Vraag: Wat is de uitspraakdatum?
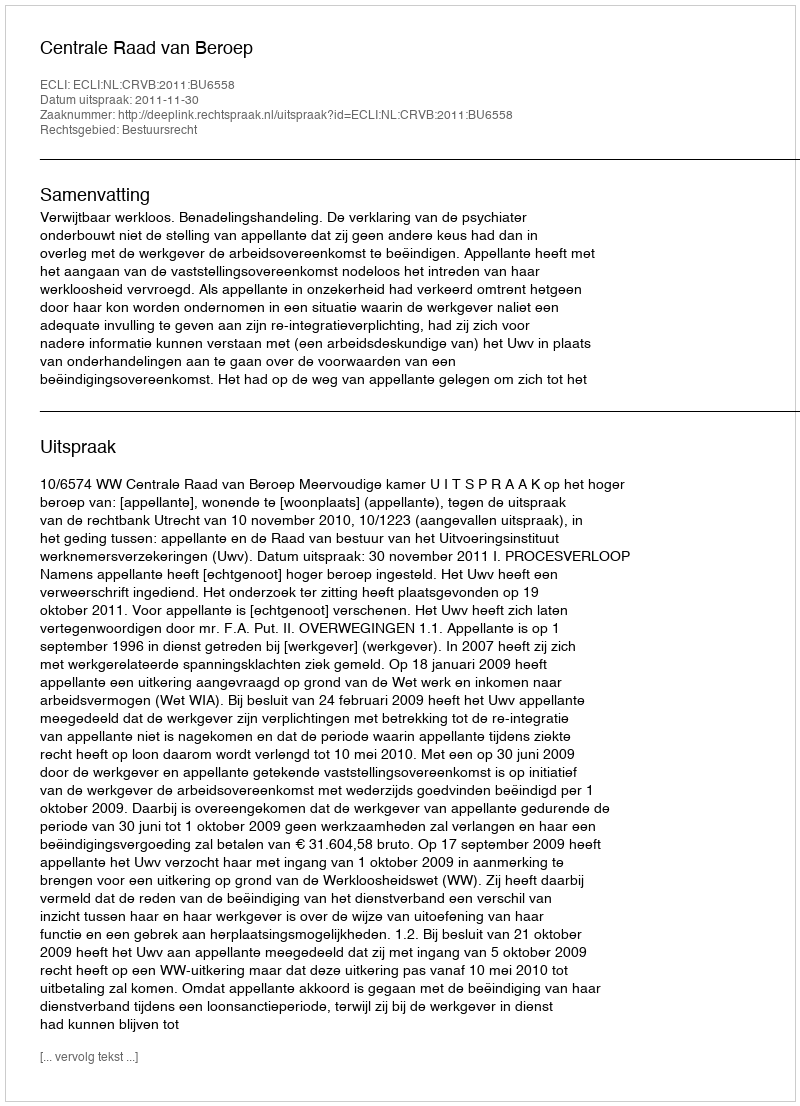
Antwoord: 2011-11-30